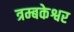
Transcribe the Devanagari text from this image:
त्रम्बकेश्वर